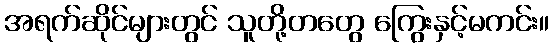
အရက်ဆိုင်များတွင် သူတို့တတွေ ကြွေးနှင့်မကင်း။